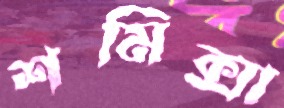
শমিক্সা